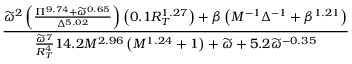
\frac { \widetilde { \omega } ^ { 2 } \left( \frac { \Pi ^ { 9 . 7 4 } + \widetilde { \omega } ^ { 0 . 6 5 } } { \Delta ^ { 5 . 0 2 } } \right) \left( 0 . 1 R _ { T } ^ { 1 . 2 7 } \right) + \beta \left( M ^ { - 1 } \Delta ^ { - 1 } + \beta ^ { 1 . 2 1 } \right) } { \frac { \widetilde { \omega } ^ { 7 } } { R _ { T } ^ { 4 } } 1 4 . 2 M ^ { 2 . 9 6 } \left( M ^ { 1 . 2 4 } + 1 \right) + \widetilde \omega + 5 . 2 \widetilde \omega ^ { - 0 . 3 5 } }